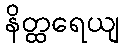
နိတ္ထရေယျ